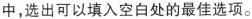
中。选出可以填入空白处的最佳选项.。